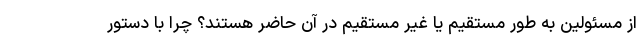
از مسئولین به طور مستقیم یا غیر مستقیم در آن حاضر هستند؟ چرا با دستور